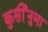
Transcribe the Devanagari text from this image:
कुर्सीनुमा